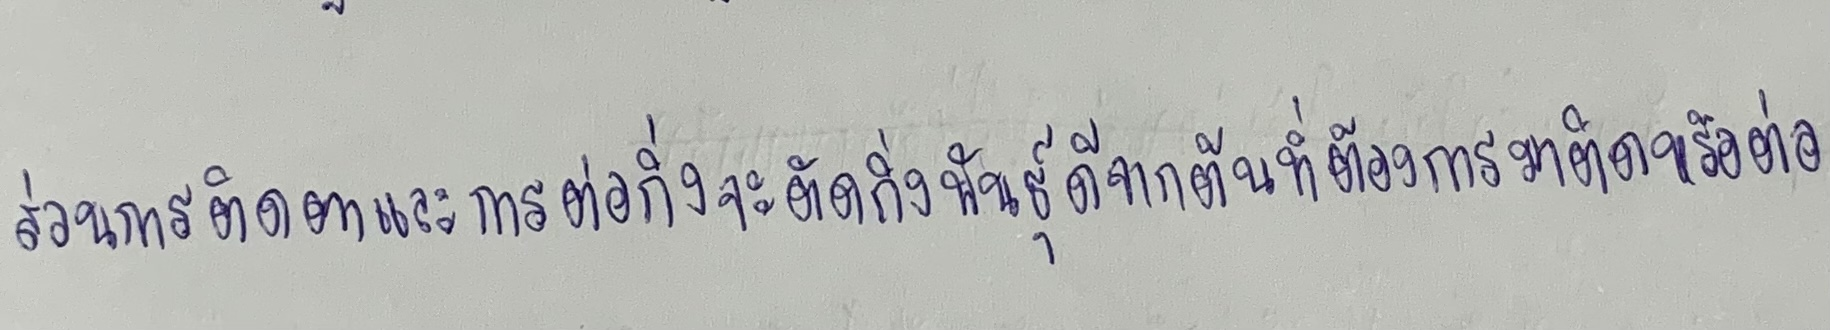
ส่วนการติดตาและการต่อกิ่งจะตัดกิ่งพันธุ์ดีจากต้นที่ต้องการมาติดหรือต่อ